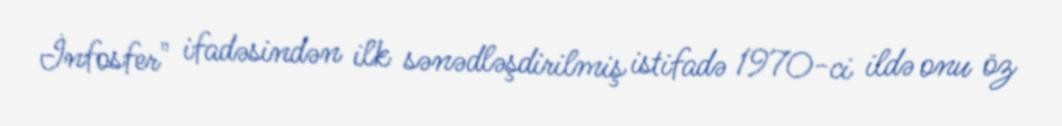
İnfosfer" ifadəsindən ilk sənədləşdirilmiş istifadə 1970-ci ildə onu öz